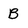
Character: B